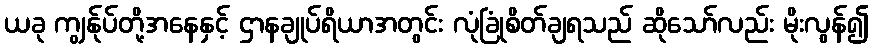
ယခု ကျွန်ုပ်တို့အနေနှင့် ဌာနချုပ်ရိယာအတွင်း လုံခြုံစိတ်ချရသည် ဆိုသော်လည်း မိုးလွန်၍